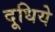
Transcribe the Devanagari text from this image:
दूधिये